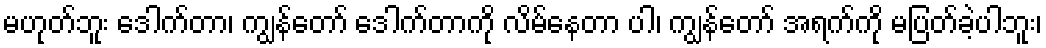
မဟုတ်ဘူး ဒေါက်တာ၊ ကျွန်တော် ဒေါက်တာကို လိမ်နေတာ ပါ၊ ကျွန်တော် အရက်ကို မပြတ်ခဲ့ပါဘူး၊